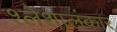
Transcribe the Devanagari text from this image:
श्लेशालंकार